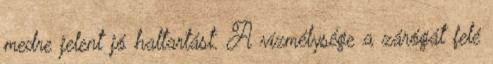
medre jelent jó haltartást. A vízmélysége a zárógát felé